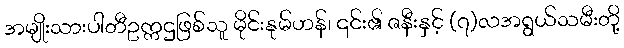
အမျိုးသားပါတီဥက္ကဌဖြစ်သူ မိုင်းနုမ်ဟန်၊ ၎င်း၏ ဇနီးနှင့် (၇)လအရွယ်သမီးတို့